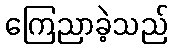
ကြေညာခဲ့သည်